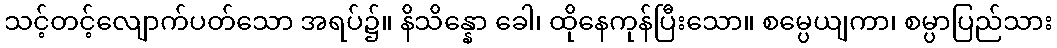
သင့်တင့်လျောက်ပတ်သော အရပ်၌။ နိသိန္နော ခေါ၊ ထိုနေကုန်ပြီးသော။ စမ္ပေယျကာ၊ စမ္ပာပြည်သား